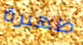
ظهيرة